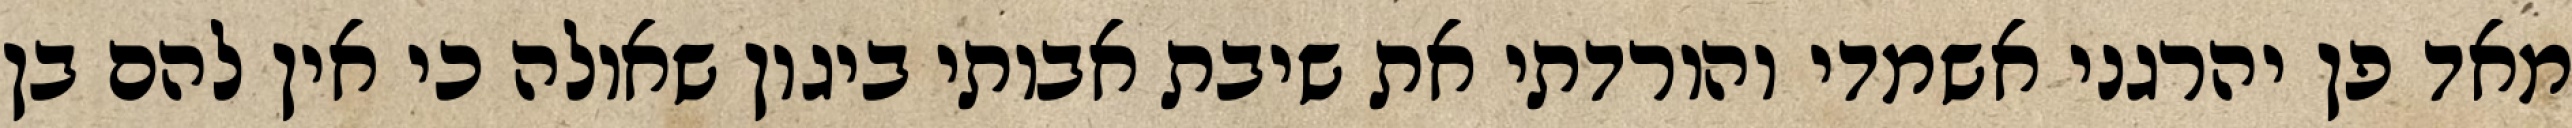
מאד פן יהרגני אשמדי והורדתי את שיבת אבותי ביגון שאולה כי אין להם בן